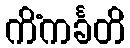
ကိံကင်္ခတိ